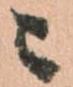
ニ